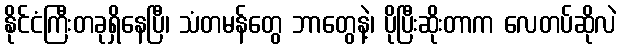
နိုင်ငံကြီးတခုရှိနေပြီ၊ သံတမန်တွေ ဘာတွေနဲ့၊ ပိုပြီးဆိုးတာက လေတပ်ဆိုလဲ